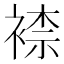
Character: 𧛮